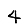
Digit: 4